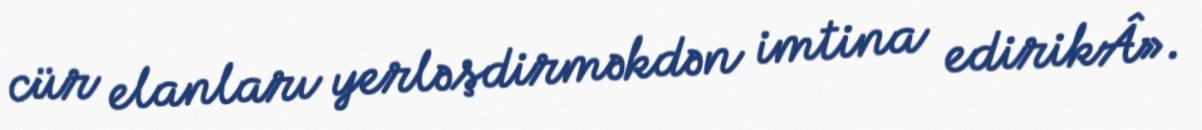
cür elanları yerləşdirməkdən imtina edirikÂ».